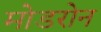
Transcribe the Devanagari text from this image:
मोडरोन